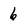
Character: 6